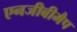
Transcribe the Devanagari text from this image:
एनजीबीमैप